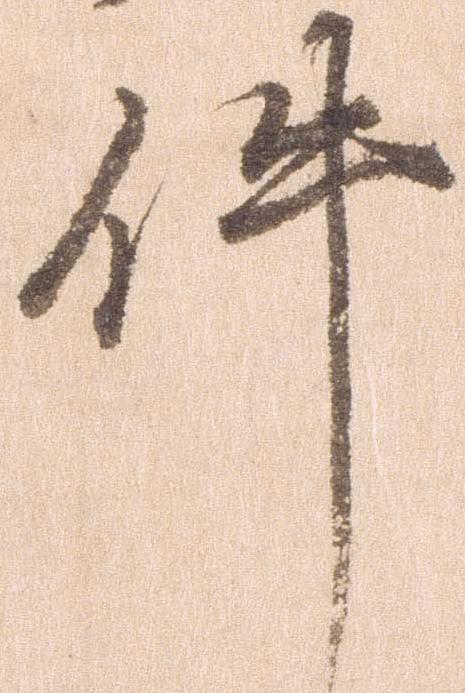
件